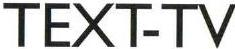
TEXT-TV